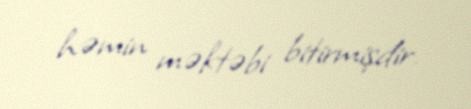
həmin məktəbi bitirmişdir.